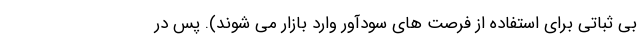
بی ثباتی برای استفاده از فرصت های سودآور وارد بازار می شوند). پس در